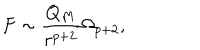
F \sim { \frac { Q _ { M } } { r ^ { p + 2 } } } \Omega _ { p + 2 } ,